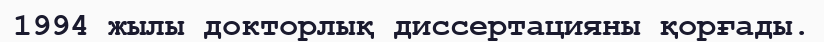
1994 жылы докторлық диссертацияны қорғады.